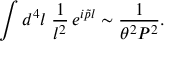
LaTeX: \int d ^ { 4 } l \; { \frac { 1 } { l ^ { 2 } } } \, e ^ { i \tilde { p } l } \sim { \frac { 1 } { \theta ^ { 2 } P ^ { 2 } } } .